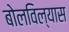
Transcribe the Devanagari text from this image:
बोलविल्यास